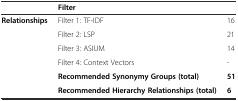
<table><thead><tr><td></td><td><b>Filter</b></td><td></td></tr></thead><tbody><tr><td rowspan="5"><b>Relationships</b></td><td>Filter 1: TF-IDF</td><td>16</td></tr><tr><td>Filter 2: LSP</td><td>21</td></tr><tr><td>Filter 3: ASIUM</td><td>14</td></tr><tr><td>Filter 4: Context Vectors</td><td>-</td></tr><tr><td><b>Recommended Synonymy Groups (total)</b></td><td><b>51</b></td></tr><tr><td></td><td><b>Recommended Hierarchy Relationships (total)</b></td><td><b>6</b></td></tr></tbody></table>